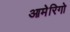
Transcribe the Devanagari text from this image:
आमेरिगो